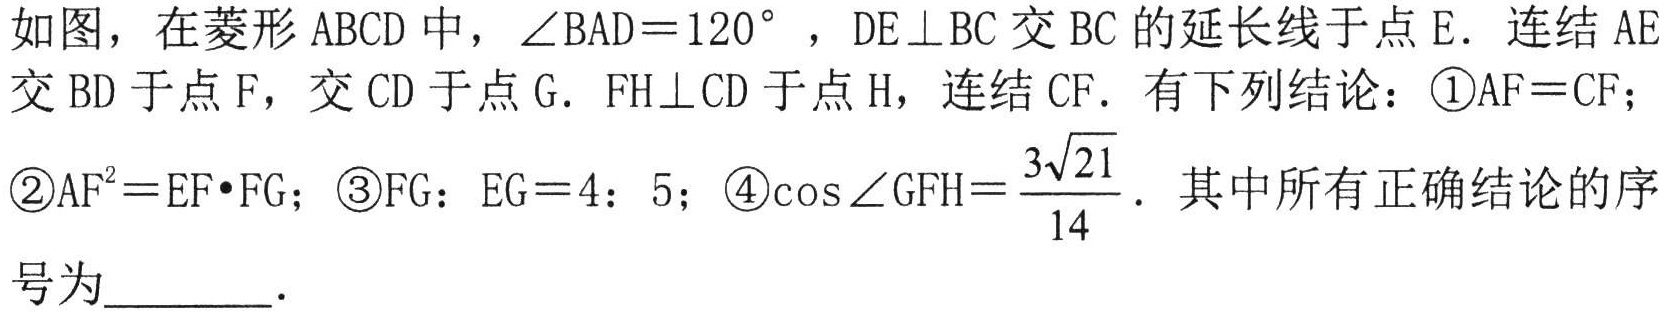
如图，在菱形 \(ABCD\) 中，\(\angle BAD = 120^{\circ}\)，\(DE\perp BC\) 交 \(BC\) 的延长线于点 \(E\). 连结 \(AE\)
交 \(BD\) 于点 \(F\)，交 \(CD\) 于点 \(G\). \(FH\perp CD\) 于点 \(H\)，连结 \(CF\). 有下列结论：\textcircled{1}\(AF = CF\)；
\textcircled{2}\(AF^{2}=EF\cdot FG\)；\textcircled{3}\(FG:EG = 4:5\)；\textcircled{4}\(\cos\angle GFH=\frac{3\sqrt{21}}{14}\). 其中所有正确结论的序
号为  ．